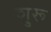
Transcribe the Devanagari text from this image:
शु्रू